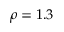
\rho = 1 . 3